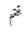
قتم